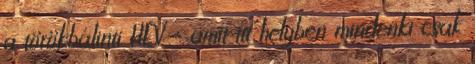
a törökbálinti HÉV – amit itt helyben mindenki csak